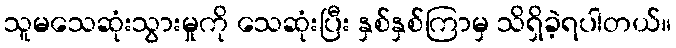
သူမသေဆုံးသွားမှုကို သေဆုံးပြီး နှစ်နှစ်ကြာမှ သိရှိခဲ့ရပါတယ်။